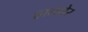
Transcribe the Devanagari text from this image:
हाल्डोर